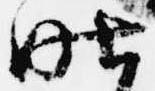
昨